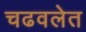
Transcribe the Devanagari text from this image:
चढवलेत